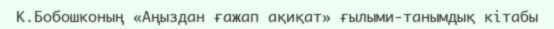
К.Бобошконың «Аңыздан ғажап ақиқат» ғылыми-танымдық кітабы